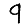
Digit: 9